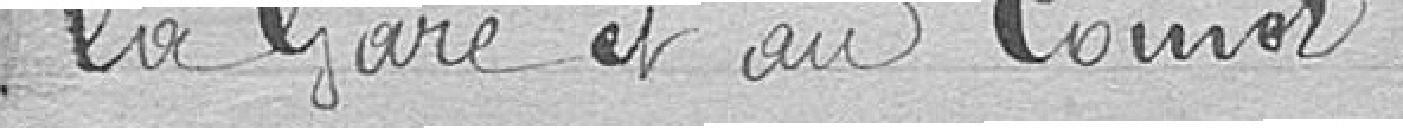
la Gare et au Coinot